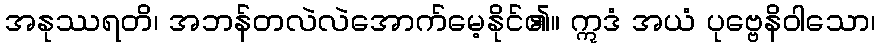
အနုဿရတိ၊ အဘန်တလဲလဲအောက်မေ့နိုင်၏။ ဣဒံ အယံ ပုဗ္ဗေနိဝါသော၊